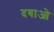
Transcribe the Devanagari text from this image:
दबाओ